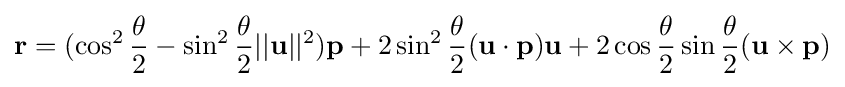
\mathbf {r} =(\cos ^{2}{\frac {\theta }{2}}-\sin ^{2}{\frac {\theta }{2}}||\mathbf {u} ||^{2})\mathbf {p} +2\sin ^{2}{\frac {\theta }{2}}(\mathbf {u} \cdot \mathbf {p} )\mathbf {u} +2\cos {\frac {\theta }{2}}\sin {\frac {\theta }{2}}(\mathbf {u} \times \mathbf {p} )